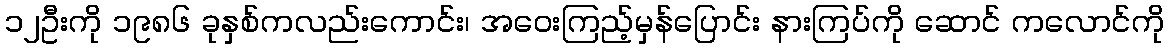
၁၂ဦးကို ၁၉၈၆ ခုနှစ်ကလည်းကောင်း၊ အဝေးကြည့်မှန်ပြောင်း နားကြပ်ကို ဆောင် ကလောင်ကို